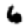
Digit: 6